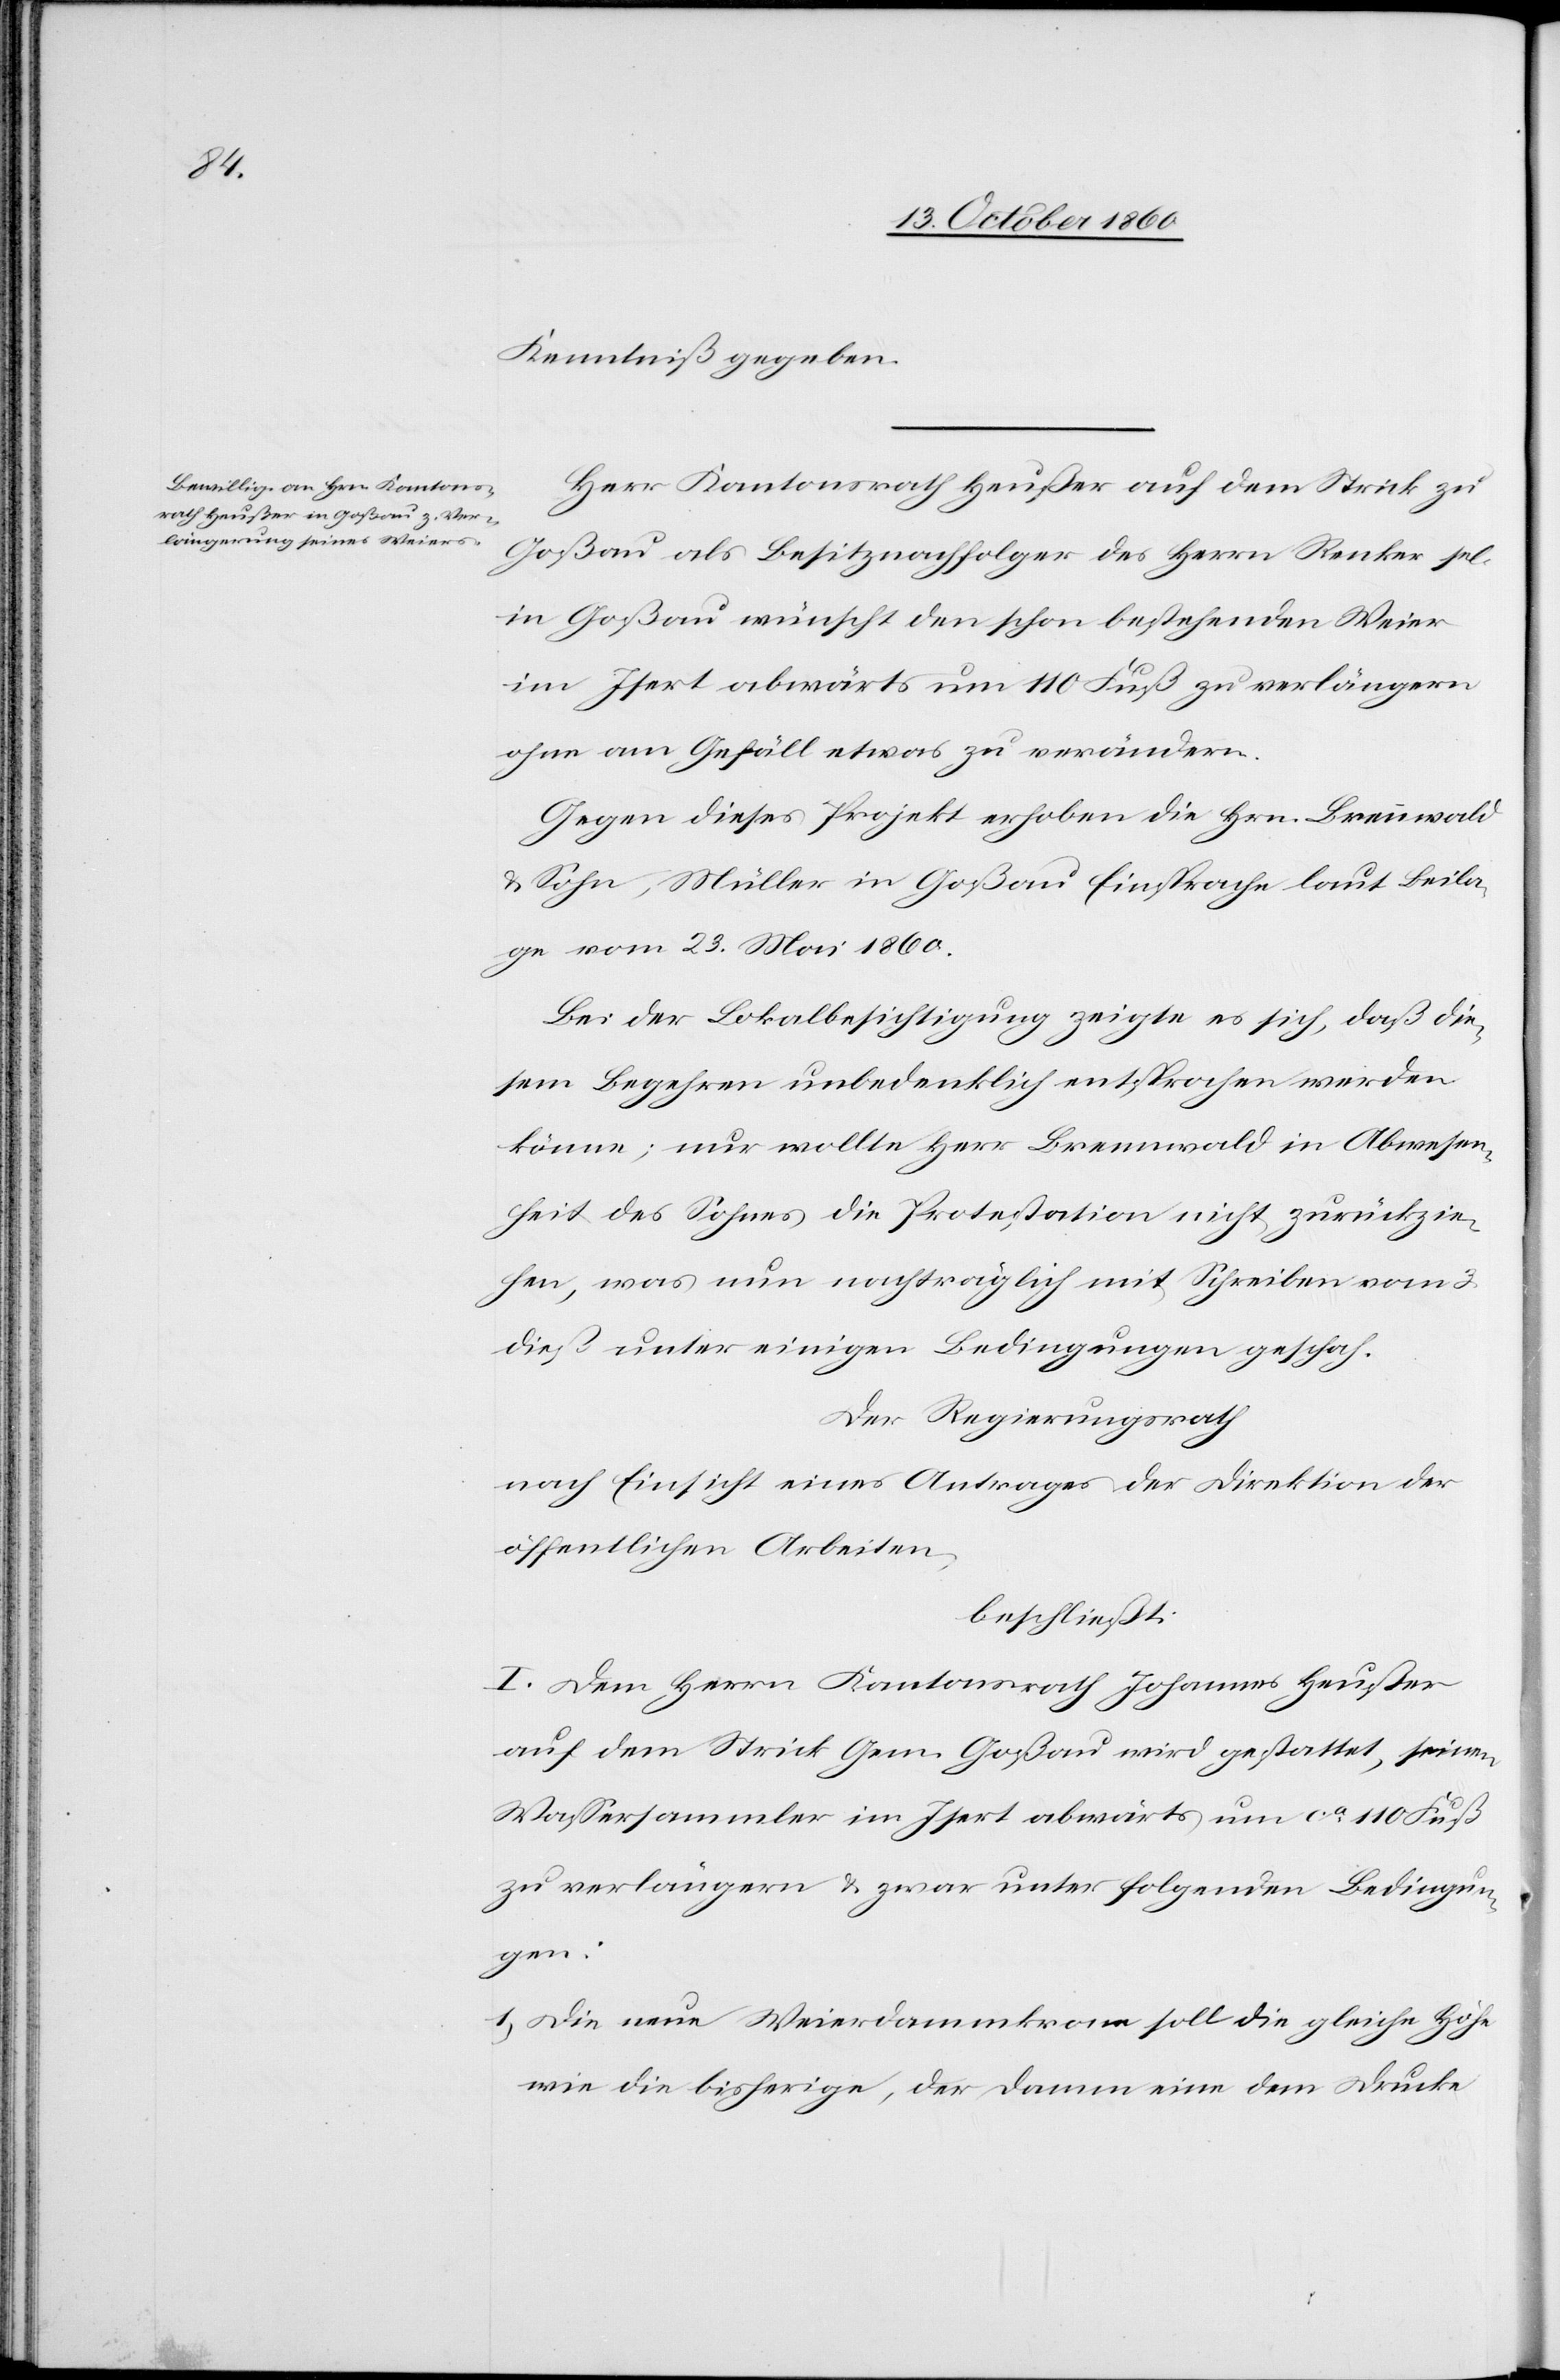
Kenntniß gegeben.
Herr Kantonsrath Heußer auf dem Strick zu
Goßau als Besitznachfolger des Herrn Renker sel.
in Goßau wünscht den schon bestehenden Weier
im Isert abwärts um 110 Fuß zu verlängern
ohne am Gefäll etwas zu verändern.
Gegen dieses Projekt erhoben die Hrn. Brennwald
& Sohn, Müller in Goßau Einsprache laut Beila¬
ge vom 23. Mai 1860.
Bei der Lokalbesichtigung zeigte es sich, daß die¬
sem Begehren unbedenklich entsprochen werden
könne; nur wollte Herr Brennwald in Abwesen¬
heit des Sohnes die Protestation nicht zurückzie¬
hen, was nun nachträglich mit Schreiben vom 3.
dieß unter einigen Bedingungen geschah.
Der Regierungsrath
nach Einsicht eines Antrages der Direktion der
öffentlichen Arbeiten,
beschließt:
I. Dem Herrn Kantonsrath Johannes Heußer
auf dem Strick Gem. Goßau wird gestattet, seinen
Wassersammler im Isert abwärts um ca 110 Fuß
zu verlängern u. zwar unter folgenden Bedingun¬
gen:
1) Die neue Weierdammkrone soll die gleiche Höhe
wie die bisherige, der Damm eine dem Drucke